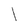
Character: l